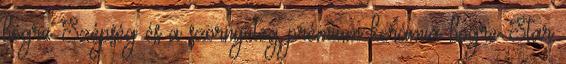
bögre Szépség és a szörnyeteg prémium kerámia bögre Star